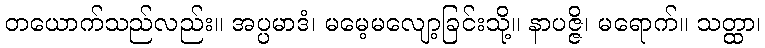
တယောက်သည်လည်း။ အပ္ပမာဒံ၊ မမေ့မလျော့ခြင်းသို့။ နာပဇ္ဇိ၊ မရောက်။ သတ္ထာ၊